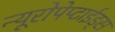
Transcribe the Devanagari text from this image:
न्यूरोपेप्टाईड्स